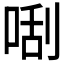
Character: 𠵯